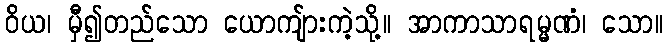
ဝိယ၊ မှီ၍တည်သော ယောကျ်ားကဲ့သို့။ အာကာသာရမ္မဏံ၊ သော။